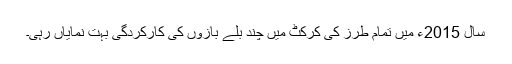
سال 2015ء میں تمام طرز کی کرکٹ میں چند بلّے بازوں کی کارکردگی بہت نمایاں رہی۔